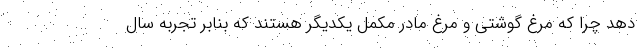
دهد چرا که مرغ گوشتی و مرغ مادر مکمل یکدیگر هستند که بنابر تجربه سال